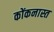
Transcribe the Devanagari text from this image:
कोंकनास्त